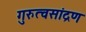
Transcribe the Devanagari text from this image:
गुरुत्वसांद्रण